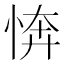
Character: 𢜘